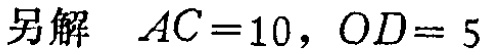
另解 \(AC = 10\)，\(OD = 5\)